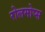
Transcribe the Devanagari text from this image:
रोलमोप्स